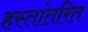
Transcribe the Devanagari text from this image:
हस्‍तांतरित